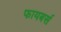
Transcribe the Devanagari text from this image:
फायबर्स